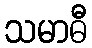
သမာဓီ